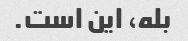
بله، این است.